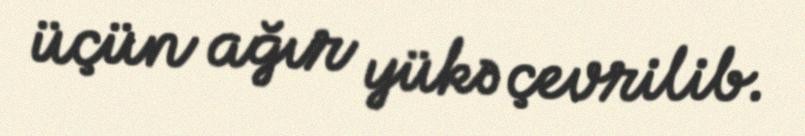
üçün ağır yükə çevrilib.